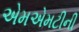
એમએમટીની